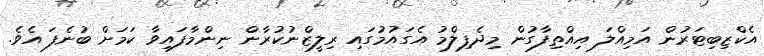
އެކްޒިބިޓަރުން އަމިއްލަ އިއްތިފާގުން މިދެފިލްމު އެގައުމުގައި ރިލީޒްނުކުރާން ނިންމާފައިވާ ކަމަށް ބުނެފަ އެވެ.